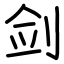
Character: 剑